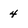
Character: 4